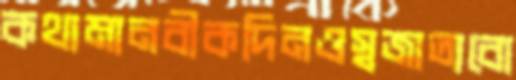
কথামানবীকদিনওস্বজাত্যবো